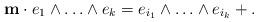
LaTeX: \begin{align*}\mathbf{m}\cdot e_1 \wedge \ldots \wedge e_k = e_{i_1} \wedge \ldots \wedge e_{i_k} + .\end{align*}